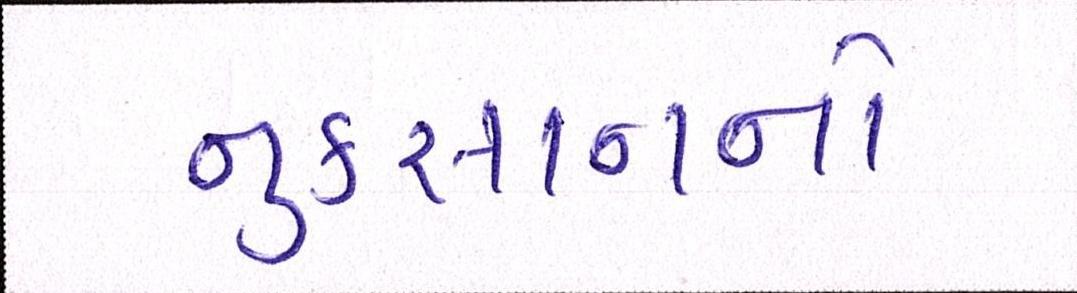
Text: નુકસાનનો